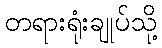
တရားရုံးချုပ်သို့